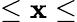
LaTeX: \le\mathbf{x}\le